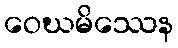
ဝေဃမိဿေန